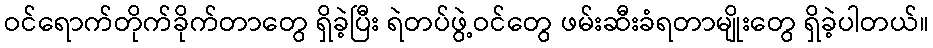
ဝင်ရောက်တိုက်ခိုက်တာတွေ ရှိခဲ့ပြီး ရဲတပ်ဖွဲ့ဝင်တွေ ဖမ်းဆီးခံရတာမျိုးတွေ ရှိခဲ့ပါတယ်။